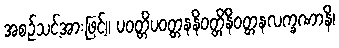
အစဉ်သင့်အားဖြင့်။ ပဝတ္တိပဝတ္တနနိဝတ္တိနိဝတ္တနလက္ခဏာနိ၊